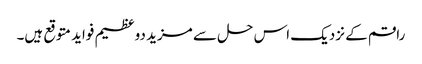
راقم کے نزدیک اس حل سے مزید دوعظیم فواید متوقع ہیں۔